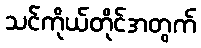
သင်ကိုယ်တိုင်အတွက်